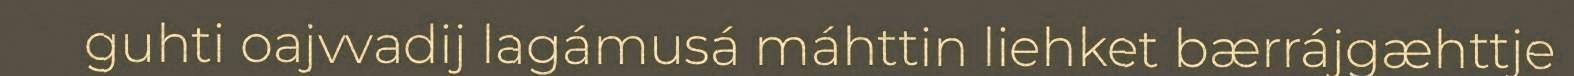
guhti oajvvadij lagámusá máhttin liehket bærrájgæhttje